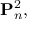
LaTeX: \mathbf { P } _ { n } ^ { 2 } ,